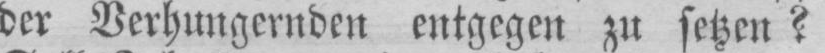
der Verhungernden entgegen zu setzen?